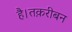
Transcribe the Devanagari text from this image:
है।तक़रीबन